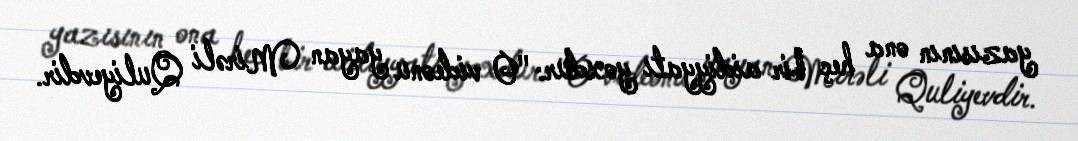
yazısının ona heç bir aidiyyatı yoxdur: "O videonu yayan Mirəli Quliyevdir.